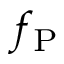
f _ { \mathrm { P } }